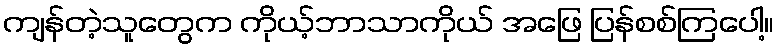
ကျန်တဲ့သူတွေက ကိုယ့်ဘာသာကိုယ် အဖြေ ပြန်စစ်ကြပေါ့။